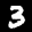
Label: 3